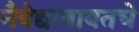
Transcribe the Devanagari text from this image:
नैवेद्याबाबतचे